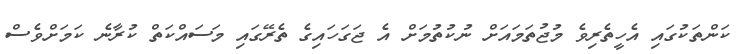
ކަންތަކުގައި އެހީތެރިވެ މުޖުތަމައަށް ނުކުތުމަށް އެ ޖަގަހައިގެ ތެރޭގައި މަސައްކަތް ކުރާނެ ކަމަށްވެސް